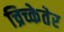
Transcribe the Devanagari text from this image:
च्रिच्केतेर